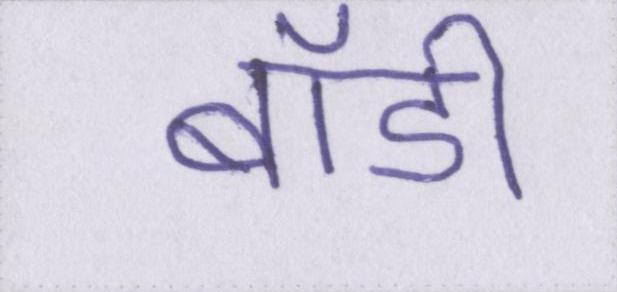
बॉडी